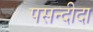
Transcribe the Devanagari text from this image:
पसन्‍दीदा